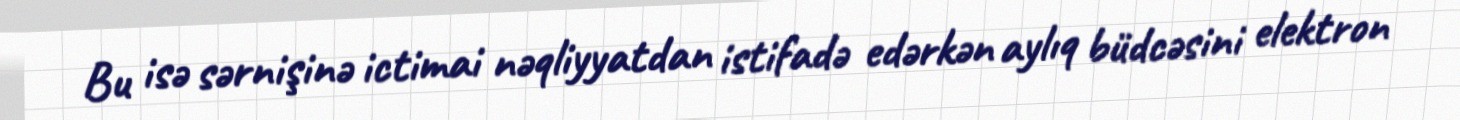
Bu isə sərnişinə ictimai nəqliyyatdan istifadə edərkən aylıq büdcəsini elektron